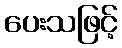
ပေးသဖြင့်